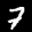
Label: 7